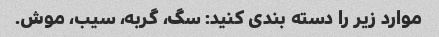
موارد زیر را دسته بندی کنید: سگ، گربه، سیب، موش.